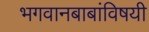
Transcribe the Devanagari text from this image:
भगवानबाबांविषयी